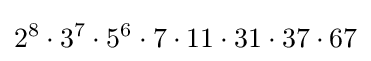
2^{8}\cdot 3^{7}\cdot 5^{6}\cdot 7\cdot 11\cdot 31\cdot 37\cdot 67